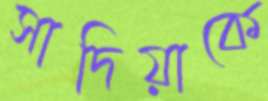
সাদিয়াকে